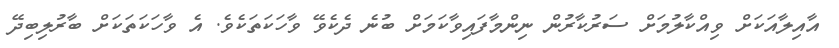
އާއިލާއަކަށް ވިއްކާލުމަށް ސަރުކާރުން ނިންމާފައިވާކަމަށް ބުނެ ދެކެވޭ ވާހަކަތަކެވެ. އެ ވާހަކަތަކަށް ބާރުލިބިދޭ